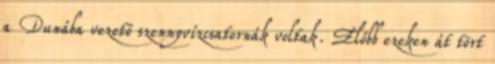
a Dunába vezetõ szennyvízcsatornák voltak. Előbb ezeken át tört